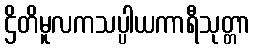
ဌိတိမူလကသပ္ပါယကာရီသုတ္တာ